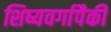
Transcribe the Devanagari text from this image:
शिष्यवर्गापैकी